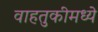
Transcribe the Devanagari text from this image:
वाहतुकीमध्ये